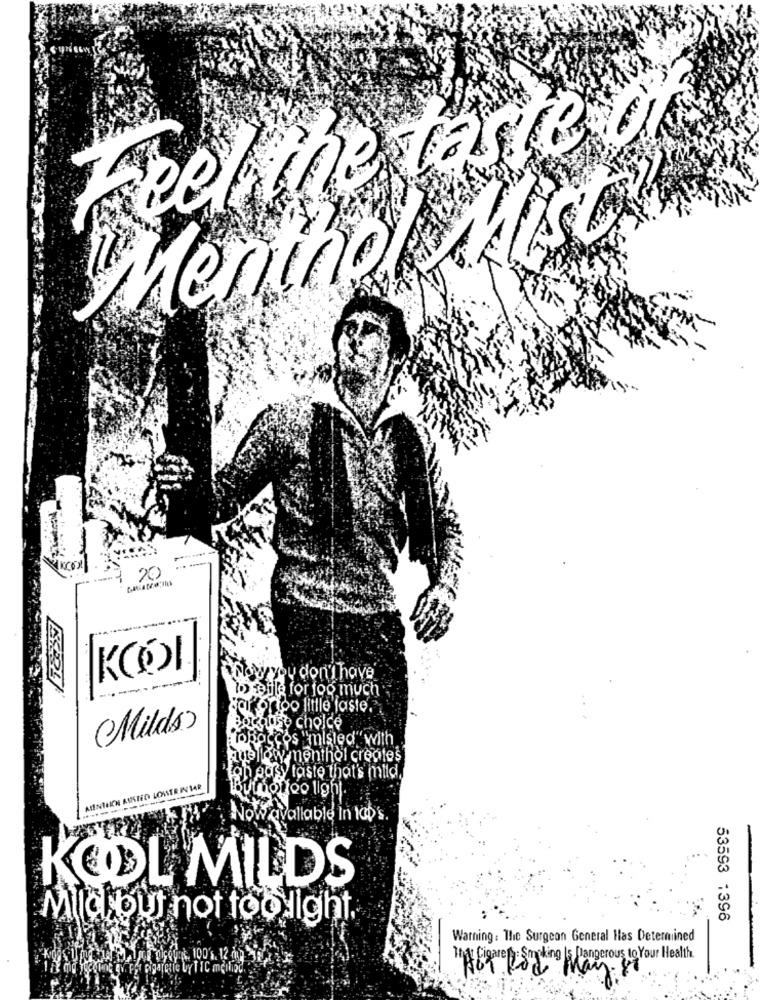
Feel the taste Un
Menthol Alisty
20
--
ou don't have
le for foo much
too little faste.
Milds)
choice
os "misled" with
wymenthol creates
easy taste that's mild,
MIENIEICH AUSTED LOUER INIAR
pontoo light.
Vallable In 100's
KOOL MILDS
Mid but not too light,
53593 1396
Warning : The Surgeon General Has Determined
Storey &. 100's. 12 m2
MA Cigarety: Smoking Is Dangerous to Your Health.
101 Rod May